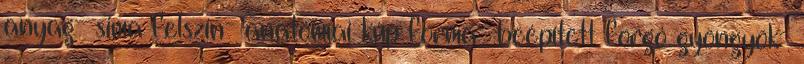
anyag- sima felszín- anatómiai kúp forma- beépített forgó gyöngyök-